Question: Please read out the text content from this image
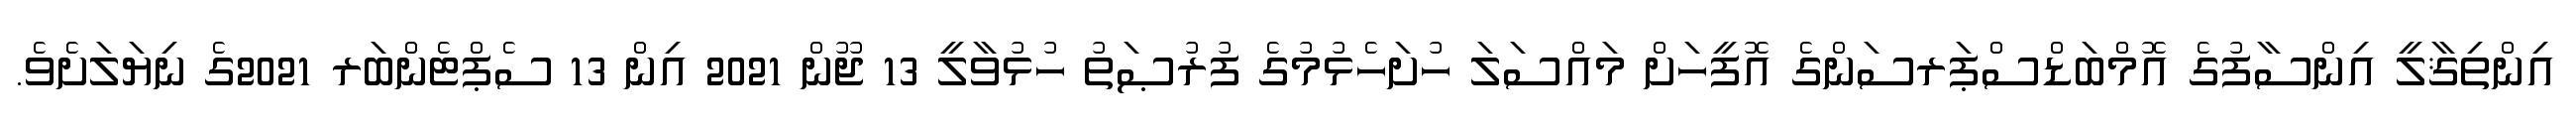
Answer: އިންތިޤާލީ އިންސާފުގެ އޮމްބަޑްސްޕަރސަންގެ އޮފީހަށް މައްސަލަ ހުށަހެޅުމުގެ ފުރުޞަތު ހުޅުވާލީ 13 ޖޫން 2021 އިން 13 ސެޕްޓެންބަރ 2021ގެ ނިޔަލަށެވެ.